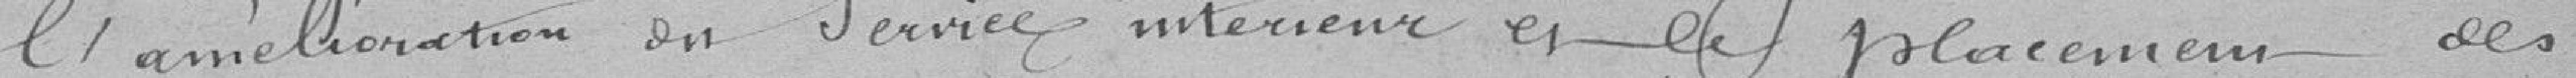
l'amélioration en Service intérieur et le placement des